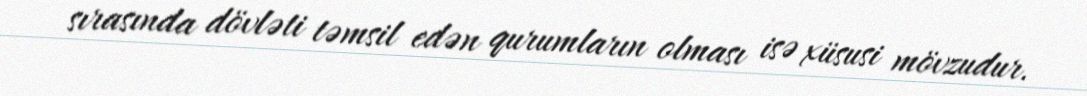
sırasında dövləti təmsil edən qurumların olması isə xüsusi mövzudur.